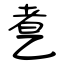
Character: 乽